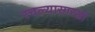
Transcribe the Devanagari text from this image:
रचल्यासारखी